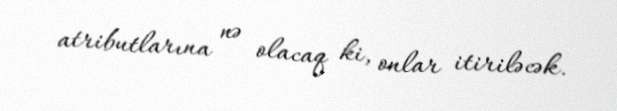
atributlarına nə olacaq ki, onlar itiriləcək.